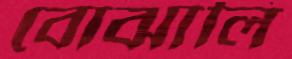
বোঝালি